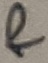
Text: &